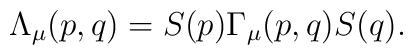
\Lambda_\mu(p,q) = S(p)\Gamma_\mu(p,q)S(q).